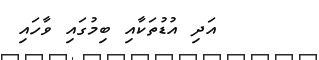
އަދި އުޑުތަކާއި ބިމުގައި ވާހައި